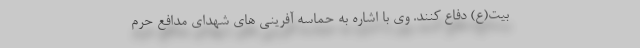
بیت(ع) دفاع کنند. وی با اشاره به حماسه آفرینی های شهدای مدافع حرم